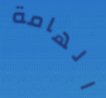
الهامة